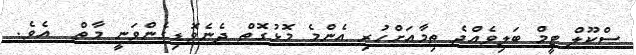
ސްކޫލް ޓީމް ބަލިވެއްޖެ ތިމާއަށްހުރި އެންމެ މޮޅުގޮތް ދެނެވޮޑިގެންވަނީ މާތް  އެވެ.